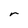
Character: r